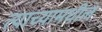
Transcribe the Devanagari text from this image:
त्याच्यामधील